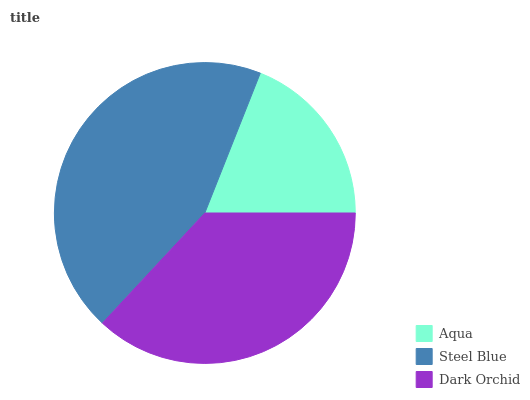
| Aqua | Steel Blue | Dark Orchid |
 | --- | --- | --- |
 | 18.9% | 44.1% | 36.9% |